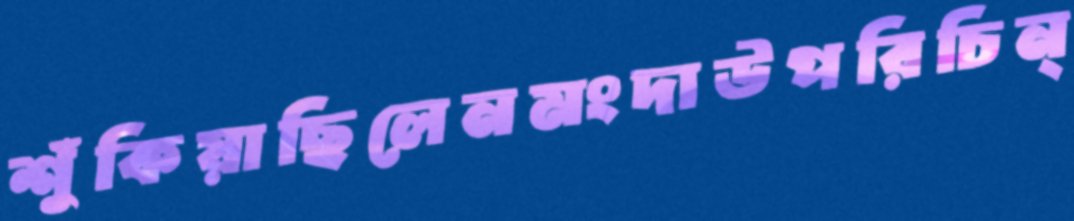
শুঁকিয়াছিলেনমংদাউপরিচিন্